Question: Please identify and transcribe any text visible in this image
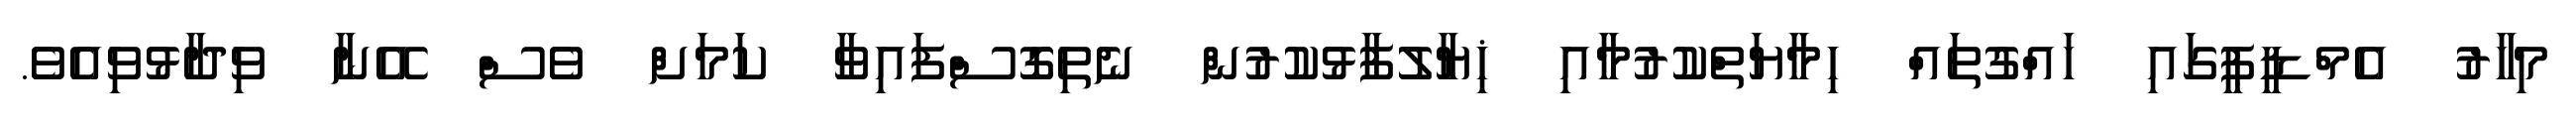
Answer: މިހާރު އެމްޑީޕީގައި ހައްގުތައް ހިމާޔަތްކުރުމާއި ޚިޔާލުފާޅުކުރުން ނެތިގޮސްފައިވާ ކަމަށް ވެސް އޭނާ ވިދާޅުވިއެވެ.